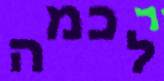
לכמה